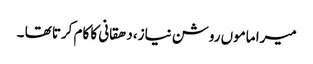
میرا ماموں روشن نیاز، دھقانی کا کام کرتا تھا ۔